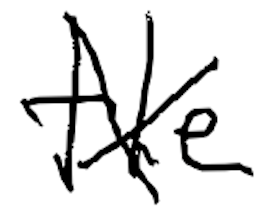
Text: The
Cross-out: cross
Writing tool: digital_black